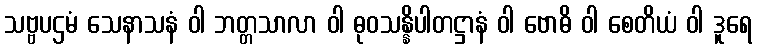
သဗ္ဗပဌမံ သေနာသနံ ဝါ ဘတ္တသာလာ ဝါ ဓုဝသန္နိပါတဋ္ဌာနံ ဝါ ဗောဓိ ဝါ စေတိယံ ဝါ ဒူရေ